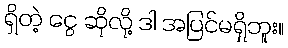
ရှိတဲ့ ငွေ ဆိုလို့ ဒါ အပြင်မရှိဘူး။